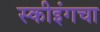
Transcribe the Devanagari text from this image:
स्कीइंगचा